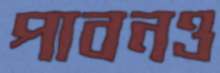
পাবনও